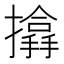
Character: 𢷨